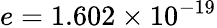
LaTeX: e=1.602\times 10^{-19}